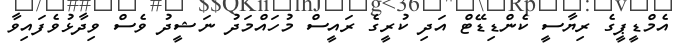
އެމްޑީޕީގެ ރިޔާސީ ކެންޑިޑޭޓް އަދި ކުރީގެ ރައީސް މުހައްމަދު ނަޝީދު ވެސް ވިދާޅުވެފައިވާ